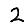
Digit: 2